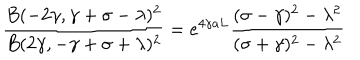
\frac { B ( - 2 \gamma , \gamma + \sigma - \lambda ) ^ { 2 } } { B ( 2 \gamma , - \gamma + \sigma + \lambda ) ^ { 2 } } = e ^ { 4 \gamma a L } \frac { ( \sigma - \gamma ) ^ { 2 } - \lambda ^ { 2 } } { ( \sigma + \gamma ) ^ { 2 } - \lambda ^ { 2 } }